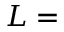
L =